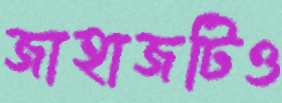
জাহাজটিও